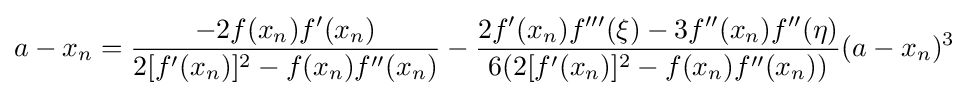
a-x_{n}={\frac {-2f(x_{n})f'(x_{n})}{2[f'(x_{n})]^{2}-f(x_{n})f''(x_{n})}}-{\frac {2f'(x_{n})f'''(\xi )-3f''(x_{n})f''(\eta )}{6(2[f'(x_{n})]^{2}-f(x_{n})f''(x_{n}))}}(a-x_{n})^{3}